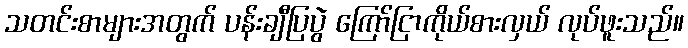
သတင်းစာများအတွက် ပန်းချီပြပွဲ ကြော်ငြာကိုယ်စားလှယ် လုပ်ဖူးသည်။